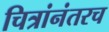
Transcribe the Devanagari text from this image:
चित्रांनंतरच